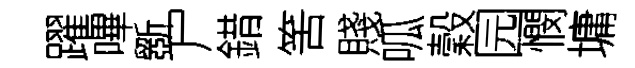
躍嗶斵尸錯筈賤呱穀园憫墉